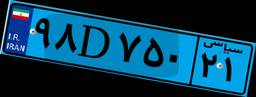
۹۸D۷۵۰۲۱